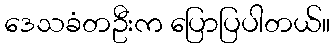
ဒေသခံတဦးက ပြောပြပါတယ်။